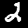
Digit: 2